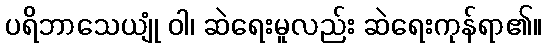
ပရိဘာသေယျုံ ဝါ၊ ဆဲရေးမူလည်း ဆဲရေးကုန်ရာ၏။